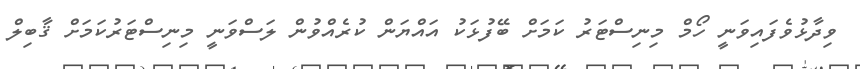
ވިދާޅުވެފައިވަނީ ހޯމް މިނިސްޓަރު ކަމަށް ބޭފުޅަކު އައްޔަން ކުރެއްވުން ލަސްވަނީ މިނިސްޓަރުކަމަށް ޤާބިލް